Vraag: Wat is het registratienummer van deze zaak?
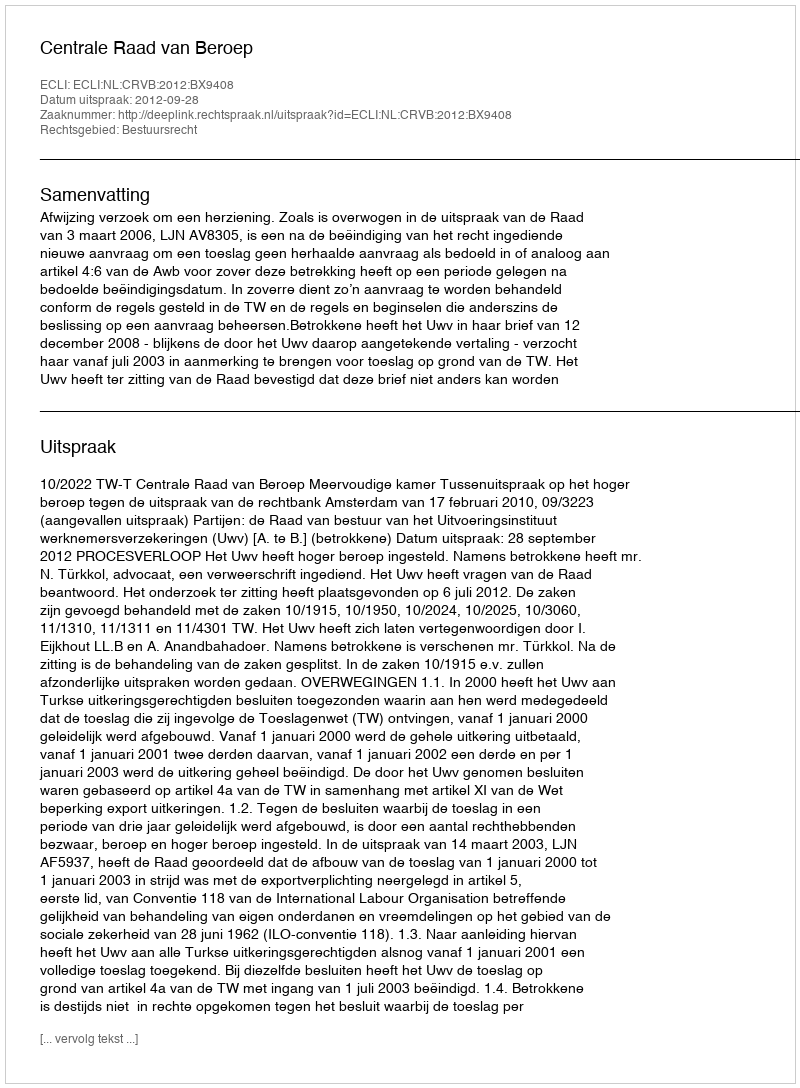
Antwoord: http://deeplink.rechtspraak.nl/uitspraak?id=ECLI:NL:CRVB:2012:BX9408